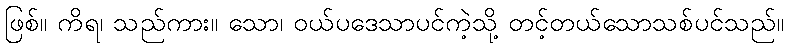
ဖြစ်။ ကိရ၊ သည်ကား။ သော၊ ဝယ်ပဒေသာပင်ကဲ့သို့ တင့်တယ်သောသစ်ပင်သည်။